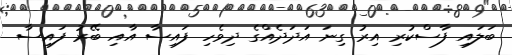
ބަލައި ފާސްކުރި އިރު ގިނަ އަދަދެއްގެ ދިވެހި ފައިސާ އާއި ބޭރު ފައިސާ